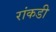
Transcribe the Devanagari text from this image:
रांकडी